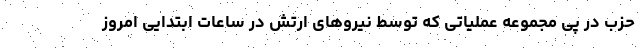
حزب در پی مجموعه عملیاتی که توسط نیروهای ارتش در ساعات ابتدایی امروز